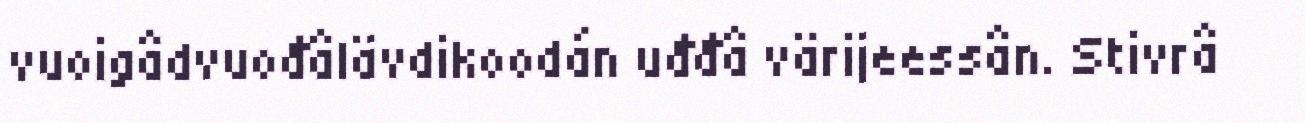
vuoigâdvuođâlävdikoodán uđđâ värijeessân. Stivrâ